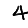
Digit: 4